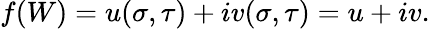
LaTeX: f(W)=u(\sigma,\tau)+iv(\sigma,\tau)=u+iv.